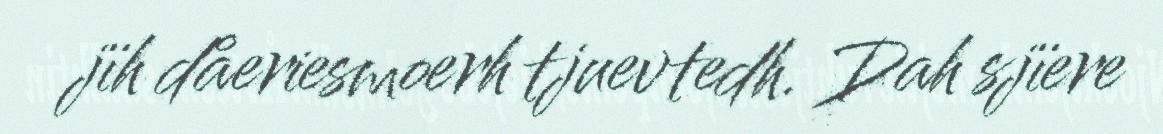
jïh dåeriesmoerh tjuevtedh. Dah sjïere